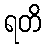
ရတိ